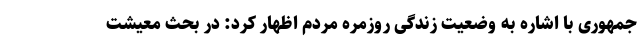
جمهوری با اشاره به وضعیت زندگی روزمره مردم اظهار کرد: در بحث معیشت